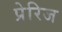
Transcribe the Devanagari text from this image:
प्रेरिज